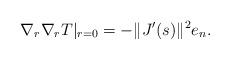
LaTeX: \begin{align*} \nabla_r\nabla_r T|_{r=0} = - \|J'(s)\|^2 e_n. \end{align*}